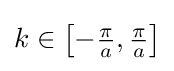
{\textstyle k\in \left[-{\frac {\pi }{a}},{\frac {\pi }{a}}\right]}